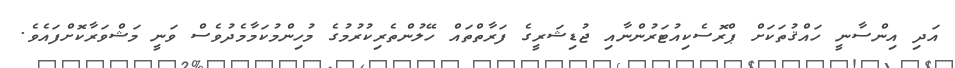
އަދި އިންސާނީ ހައްޤުތަކަށް ޕްރޮސެކިއުޓަރުންނާއި ޖުޑިޝަރީގެ ފަރާތްތައް ހޭލުންތެރިކުރުމުގެ މުހިންމުކަމާމެދުވެސް ވަނީ މަޝްވަރާކޮށްފައެވެ.